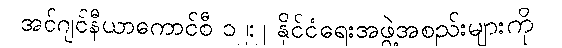
အင်ဂျင်နီယာကောင်စီ ၁၂:၂ နိုင်ငံရေးအဖွဲ့အစည်းများကို